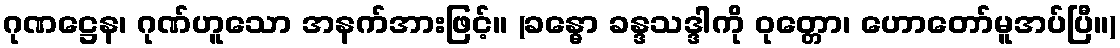
ဂုဏဋ္ဌေန၊ ဂုဏ်ဟူသော အနက်အားဖြင့်။ (ခန္ဓော ခန္ဒသဒ္ဒါကို ဝုတ္တော၊ ဟောတော်မူအပ်ပြီ။)